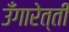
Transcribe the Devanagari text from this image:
उँगारेत्ती